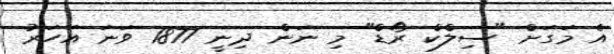
އެ މަގަށް "ސިލްކް ރޯޑް" މި ނަން ދިނީ 1877 ވަނަ އަހަރު